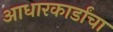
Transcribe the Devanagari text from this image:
आधारकार्डांचा